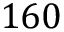
1 6 0